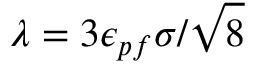
\lambda = 3 \epsilon _ { p f } \sigma / \sqrt { 8 }